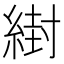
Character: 䋽